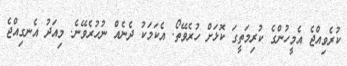
ކުރެވިއްޖެ އެމީހުންގެ ކުރިމަތީގަ ކޮޅަށް ހުރެވޭތޯ. އެކަމަކު ދެނެއް ނުހުރެވޭނެ. މިއަދު އެނގިއްޖެ